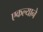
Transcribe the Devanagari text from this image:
एकल्याने